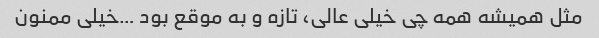
مثل همیشه همه چی خیلی عالی، تازه و به موقع بود …خیلی ممنون